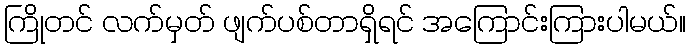
ကြိုတင် လက်မှတ် ဖျက်ပစ်တာရှိရင် အကြောင်းကြားပါမယ်။